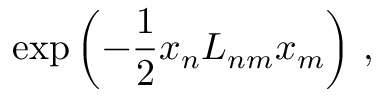
\exp \left( { - \frac { 1 } { 2 } x _ { n } L _ { n m } x _ { m } } \right) \, ,